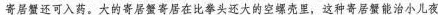
寄居蟹还可入药。大的寄居蟹寄居在比拳头还大的空螺壳里，这种寄居蟹能治小儿夜